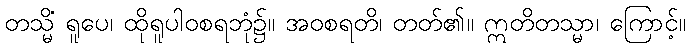
တသ္မိံ ရူပေ၊ ထိုရူပါဝစရဘုံ၌။ အဝစရတိ၊ တတ်၏။ ဣတိတသ္မာ၊ ကြောင့်။